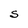
Character: S